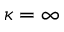
\kappa = \infty